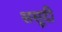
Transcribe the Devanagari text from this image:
ससूदी